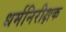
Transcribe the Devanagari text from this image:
धर्मनिरीक्षक